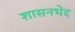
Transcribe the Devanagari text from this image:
शासनभेद